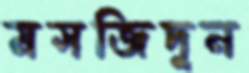
মসজিদুন